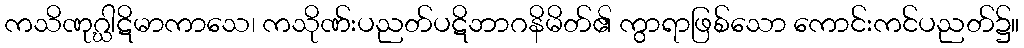
ကသိဏုဂ္ဃါဋိမာကာသေ၊ ကသိုဏ်းပညတ်ပဋိဘာဂနိမိတ်၏ ကွာရာဖြစ်သော ကောင်းကင်ပညတ်၌။